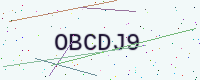
Text: OBCDJ9